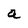
Character: a